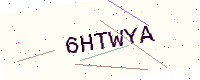
Text: 6HTWYA